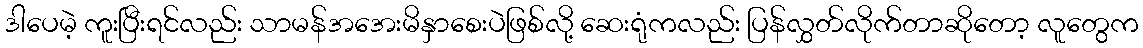
ဒါပေမဲ့ ကူးပြီးရင်လည်း သာမန်အအေးမိနှာစေးပဲဖြစ်လို့ ဆေးရုံကလည်း ပြန်လွှတ်လိုက်တာဆိုတော့ လူတွေက